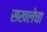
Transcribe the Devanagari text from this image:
सखलेचा